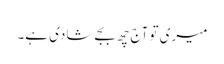
میری تو آج چھ بجے شادی ہے۔